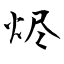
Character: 烬